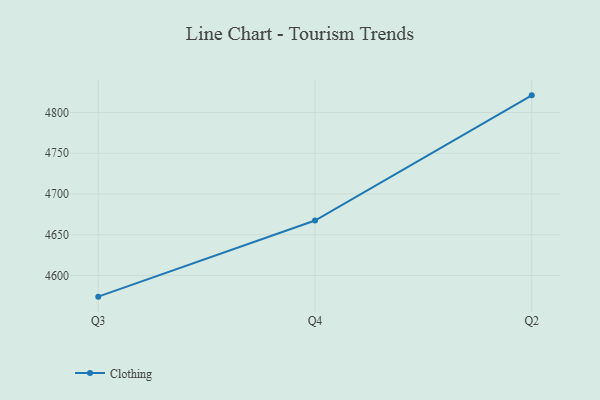
{"axis": {"x": "Quarter", "y": "Satisfaction Score"}, "legend": ["Clothing"], "data": [{"x": "Q3", "y": 4573.9, "type": "Clothing"}, {"x": "Q4", "y": 4667.4, "type": "Clothing"}, {"x": "Q2", "y": 4821.1, "type": "Clothing"}]}